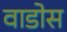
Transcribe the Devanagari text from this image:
वाडोस